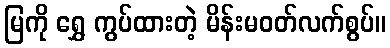
မြကို ရွှေ ကွပ်ထားတဲ့ မိန်းမဝတ်လက်စွပ်။